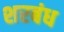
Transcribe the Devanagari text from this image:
शरबंध